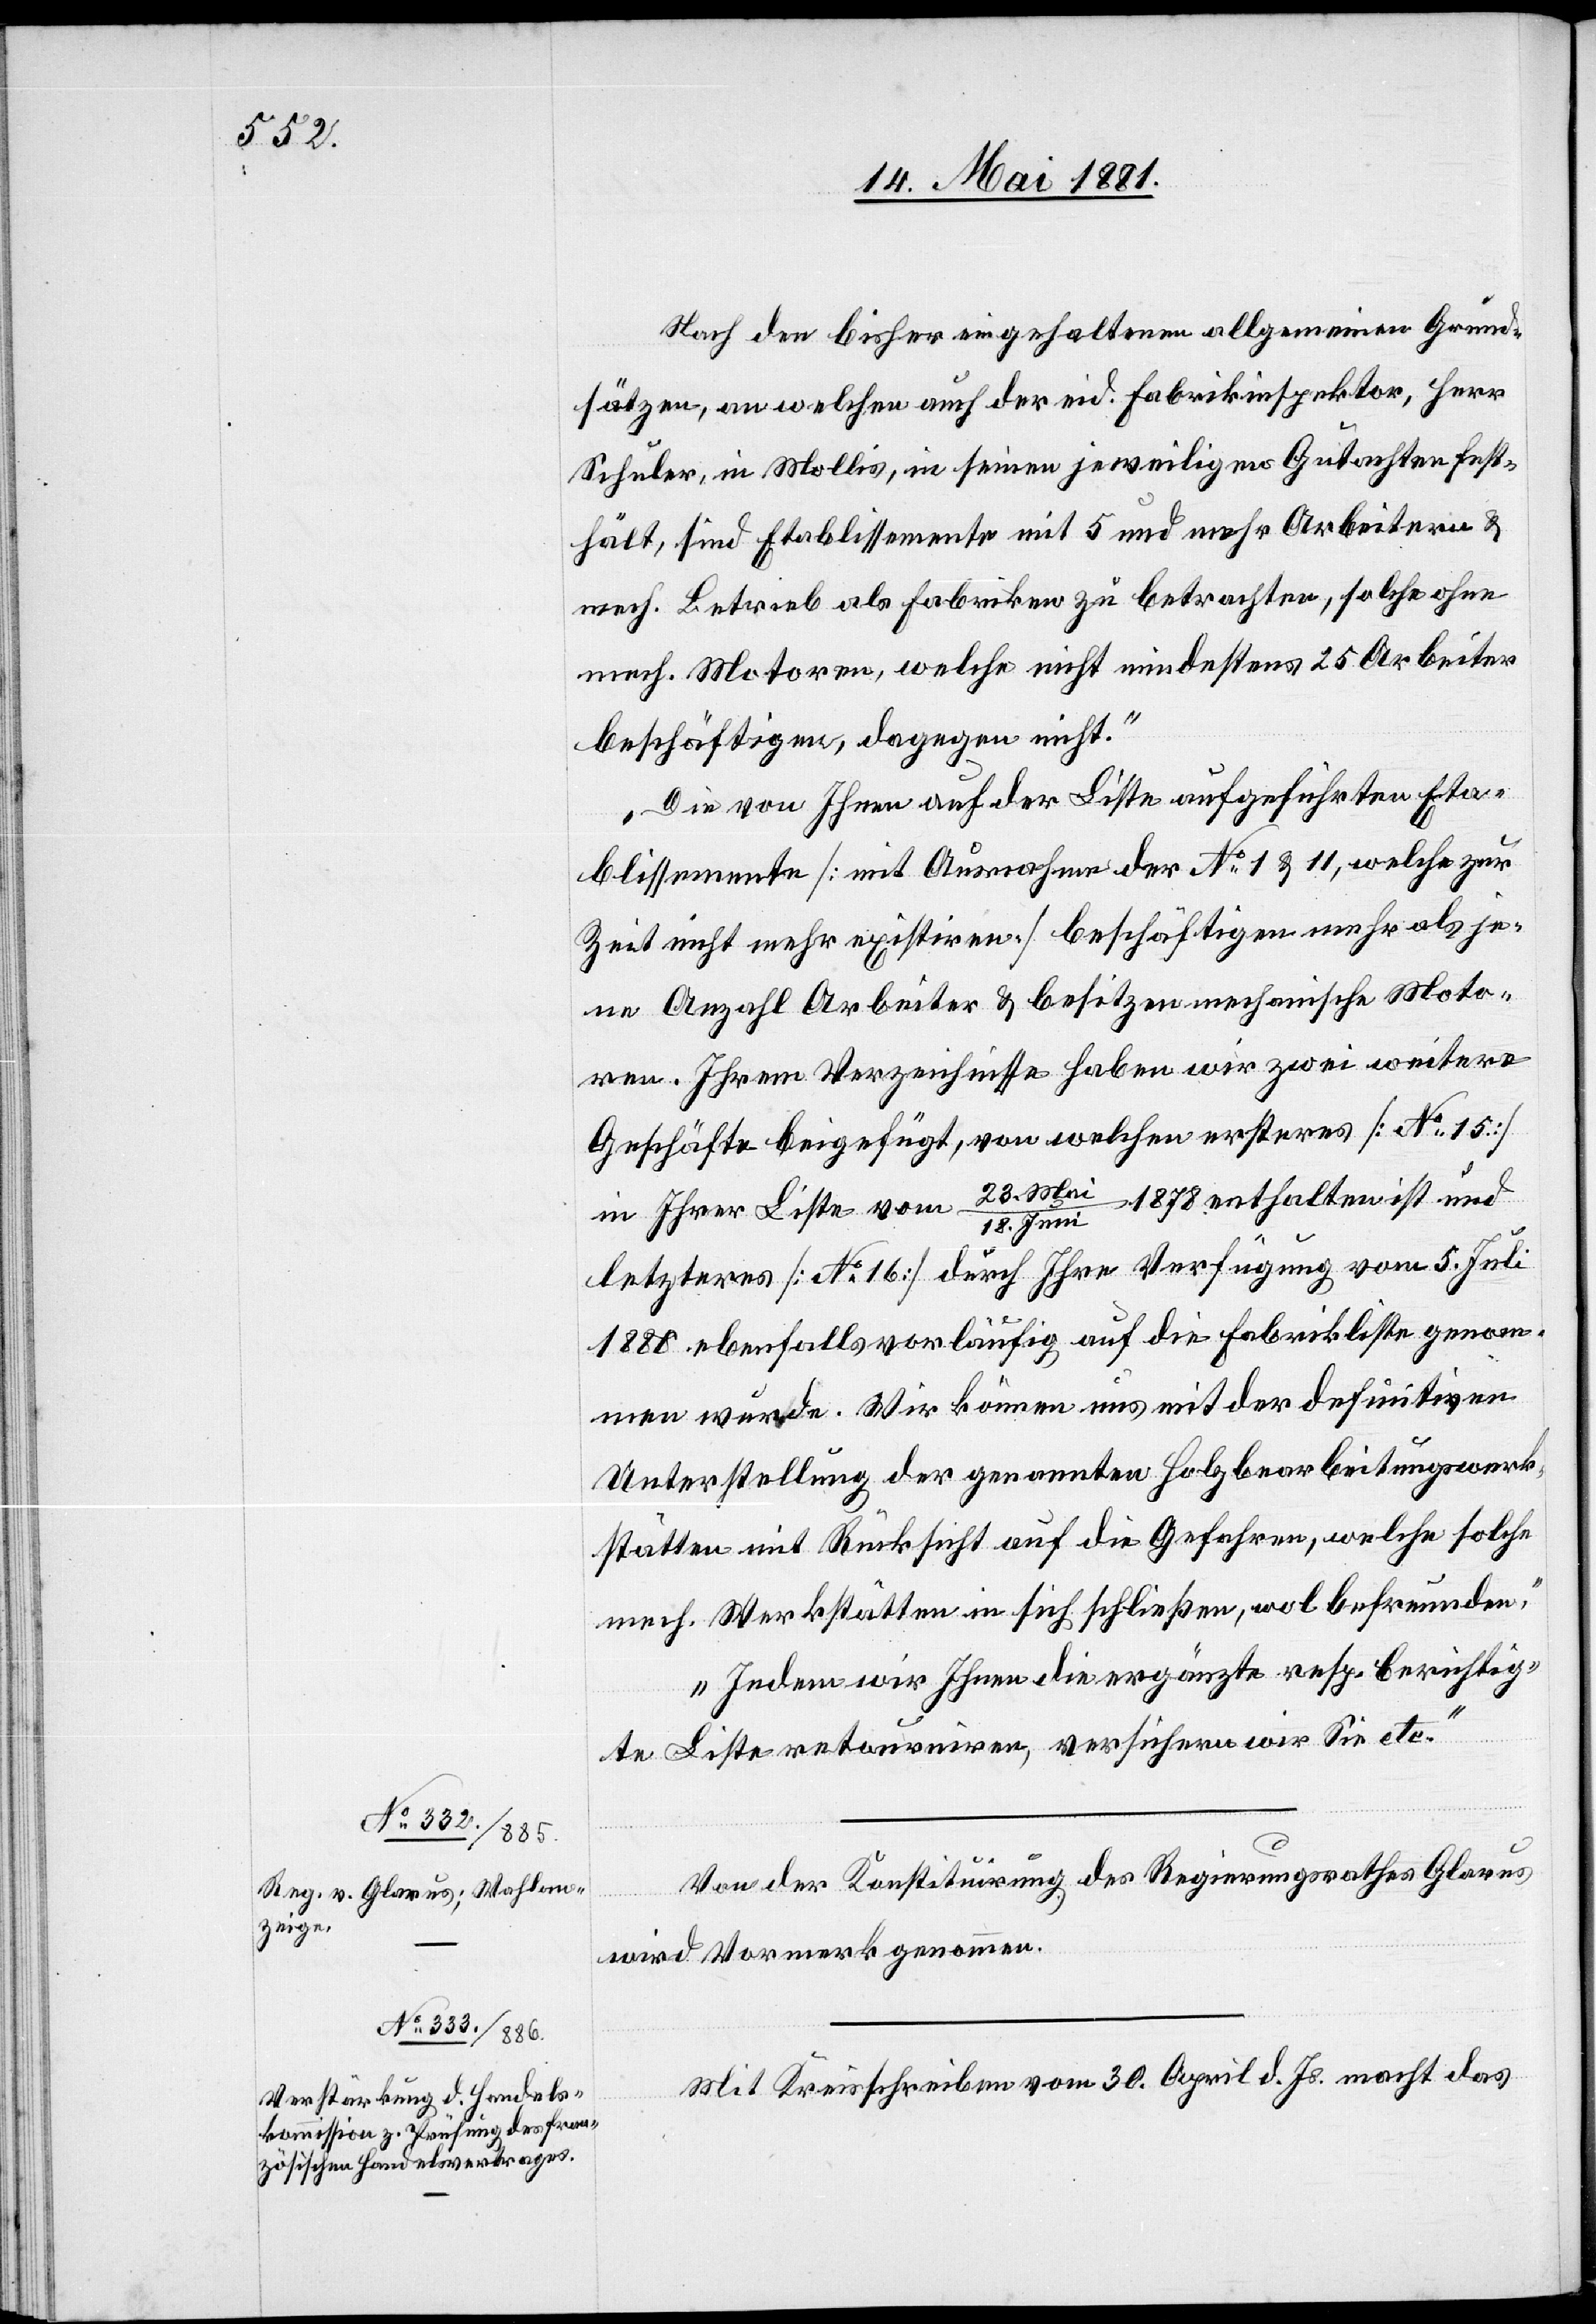
Nach den bisher eingehaltenen allgemeinen Grund¬
sätzen, an welchen auch der eid. Fabrikinspektor, Herr
Schuler, in Mollis, in seinen jeweiligen Gutachten fest¬
hält, sind Etablissemente mit 5 und mehr Arbeitern &
mech. Betrieb als Fabriken zu betrachten, solche ohne
mech Motoren, welche nicht mindestens 25 Arbeiter
beschäftigen, dagegen nicht.
Die von Ihnen auf der Liste aufgeführten Eta¬
blissemente [mit Ausnahme der No 1 & 11, welche zur
Zeit nicht mehr existiren] beschäftigen mehr als je¬
ne Anzahl Arbeiter & besitzen mechanische Moto¬
ren. Ihrem Verzeichnisse haben wir zwei weitere
Geschäfte beigefügt, von welchen erstens [No 15]
in Ihrer Liste vom 23. Mai/18. Juni 1878 enthalten ist und
letzteres [No 16] durch Ihre Verfügung vom 5. Juli
1880 ebenfalls vorläufig auf die Fabrikliste genom¬
men wurde. Wir können uns mit der definitiven
Unterstellung der genannten Holzbearbeitungswerk¬
stätten mit Rücksicht auf die Gefahren, welche solche
mech. Werkstätten in sich schließen, wol befreunden.
Indem wir ihnen die ergänzte resp. berichtig¬
te Liste retourniren, versichern wir Sie etc.“
Von der Konstituirung des Regierungsrathes Glarus
wird Vormerk genommen.
Mit Kreisschreiben vom 30. April d. Js. macht das